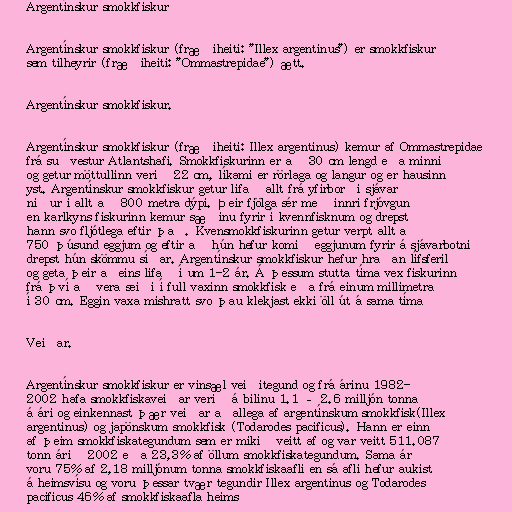
Argentínskur smokkfiskur

Argentínskur smokkfiskur (fræðiheiti: "Illex argentinus") er smokkfiskur
sem tilheyrir (fræðiheiti: "Ommastrepidae") ætt.

Argentínskur smokkfiskur.

Argentínskur smokkfiskur (fræðiheiti: Illex argentinus) kemur af Ommastrepidae
frá suðvestur Atlantshafi. Smokkfiskurinn er að 30 cm lengd eða minni
og getur möttullinn verið 22 cm, líkami er rörlaga og langur og er hausinn
yst. Argentínskur smokkfiskur getur lifað allt frá yfirborði sjávar
niður í allt að 800 metra dýpi. Þeir fjölga sér með innri frjóvgun
en karlkyns fiskurinn kemur sæðinu fyrir í kvennfisknum og drepst
hann svo fljótlega eftir það. Kvensmokkfiskurinn getur verpt allt að
750 þúsund eggjum og eftir að hún hefur komið eggjunum fyrir á sjávarbotni
drepst hún skömmu síðar. Argentínskur smokkfiskur hefur hraðan lífsferil
og geta þeir aðeins lifað í um 1-2 ár. Á þessum stutta tíma vex fiskurinn
frá því að vera seiði í full vaxinn smokkfisk eða frá einum millimetra
í 30 cm. Eggin vaxa mishratt svo þau klekjast ekki öll út á sama tíma

Veiðar.

Argentínskur smokkfiskur er vinsæl veiðitegund og frá árinu 1982-
2002 hafa smokkfiskaveiðar verið á bilinu 1.1 – 2.6 milljón tonna
á ári og einkennast þær veiðar aðallega af argentínskum smokkfisk(Illex
argentinus) og japönskum smokkfisk (Todarodes pacificus). Hann er einn
af þeim smokkfiskategundum sem er mikið veitt af og var veitt 511.087
tonn árið 2002 eða 23,3% af öllum smokkfiskategundum. Sama ár
voru 75% af 2,18 milljónum tonna smokkfiskaafli en sá afli hefur aukist
á heimsvísu og voru þessar tvær tegundir Illex argentinus og Todarodes
pacificus 46% af smokkfiskaafla heims